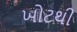
ખોટથી